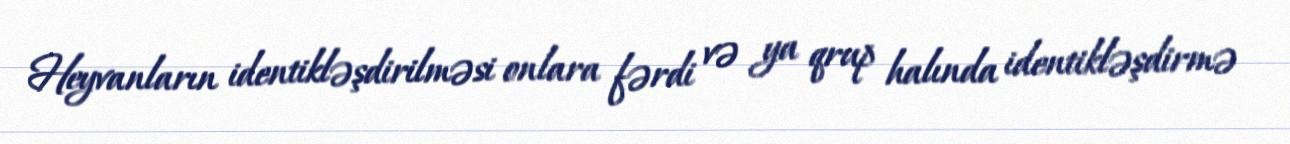
Heyvanların identikləşdirilməsi onlara fərdi və ya qrup halında identikləşdirmə